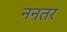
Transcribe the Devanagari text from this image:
ननतर